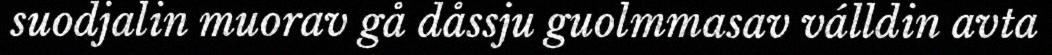
suodjalin muorav gå dåssju guolmmasav válldin avta